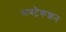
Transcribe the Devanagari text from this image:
सबट्रैकशन